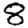
Digit: 8